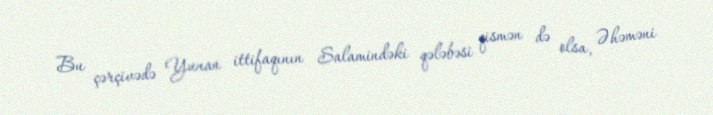
Bu çərçivədə Yunan ittifaqının Salamindəki qələbəsi qismən də olsa, Əhəməni